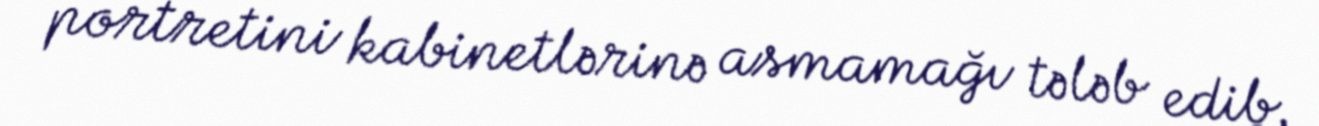
portretini kabinetlərinə asmamağı tələb edib.